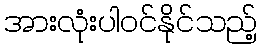
အားလုံးပါဝင်နိုင်သည့်